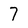
Character: 7